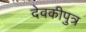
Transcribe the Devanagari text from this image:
देवकीपुत्र